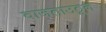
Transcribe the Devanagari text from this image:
वाजताउठून